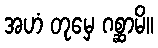
အဟံ တုမှေ ဂစ္ဆာမိ။